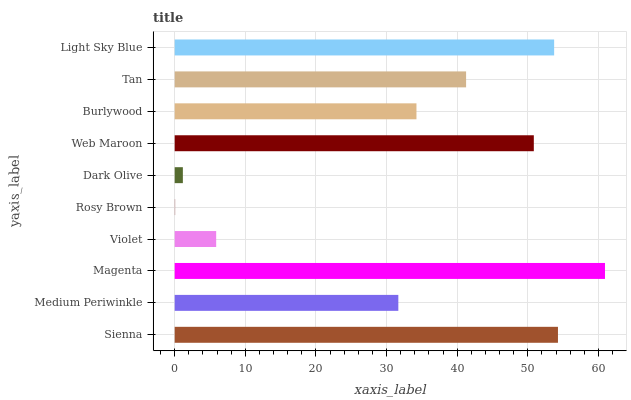
| yaxis_label | bars |
 | --- | --- |
 | Sienna | 54.3 |
 | Medium Periwinkle | 31.7 |
 | Magenta | 60.9 |
 | Violet | 5.88 |
 | Rosy Brown | 0.0762 |
 | Dark Olive | 1.16 |
 | Web Maroon | 50.9 |
 | Burlywood | 34.2 |
 | Tan | 41.3 |
 | Light Sky Blue | 53.7 |